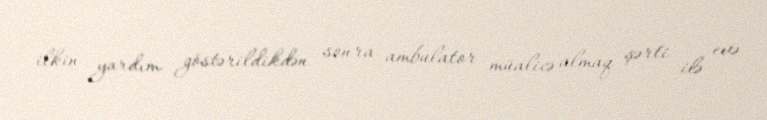
ilkin yardım göstərildikdən sonra ambulator müalicə almaq şərti ilə evə